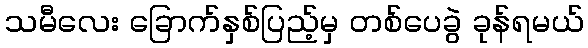
သမီလေး ခြောက်နှစ်ပြည့်မှ တစ်ပေခွဲ ခုန်ရမယ်